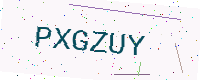
Text: PXGZUY